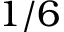
1 / 6